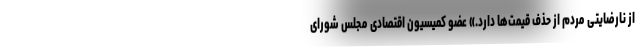
از نارضایتی مردم از حذف قیمت‌ها دارد.» عضو کمیسیون اقتصادی مجلس شورای